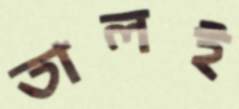
তালই